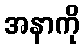
အနာကို